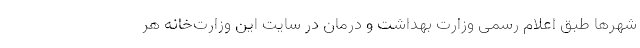
شهرها طبق اعلام رسمی وزارت بهداشت و درمان در سایت این وزارت‌خانه هر